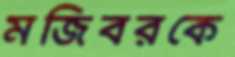
মজিবরকে